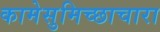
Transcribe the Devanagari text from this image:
कामेसुमिच्छाचारा